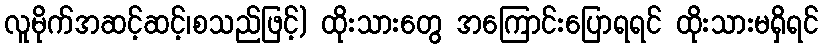
လူမိုက်အဆင့်ဆင့်၊စသည်ဖြင့်) ထိုးသားတွေ အကြောင်းပြောရရင် ထိုးသားမရှိရင်